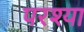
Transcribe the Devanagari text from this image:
परश्‍या